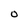
Character: O